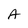
Character: A